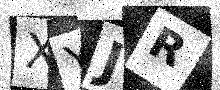
Text: XYJR